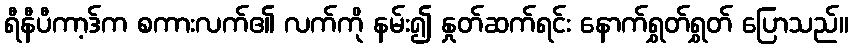
ရီနီပီကာ့ဒ်က စကားလက်၏ လက်ကို နမ်း၍ နှုတ်ဆက်ရင်း နောက်ရွှတ်ရွှတ် ပြောသည်။